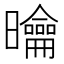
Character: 𭨑